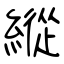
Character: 縱